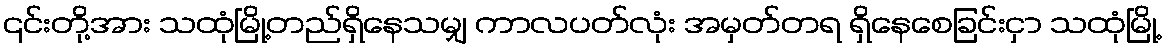
၎င်းတို့အား သထုံမြို့တည်ရှိနေသမျှ ကာလပတ်လုံး အမှတ်တရ ရှိနေစေခြင်းငှာ သထုံမြို့